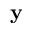
\mathbf { y }